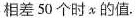
相差50个时x的值.